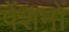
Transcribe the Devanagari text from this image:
पेंशनों